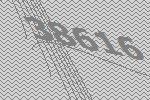
38616